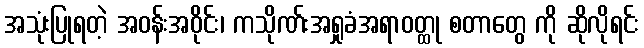
အသုံးပြုရတဲ့ အဝန်းအဝိုင်း၊ ကသိုဏ်းအရှုခံအရာဝတ္ထု စတာတွေ ကို ဆိုလိုရင်း